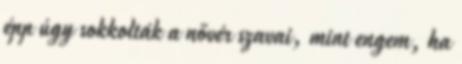
épp úgy sokkolták a nővér szavai, mint engem, ha